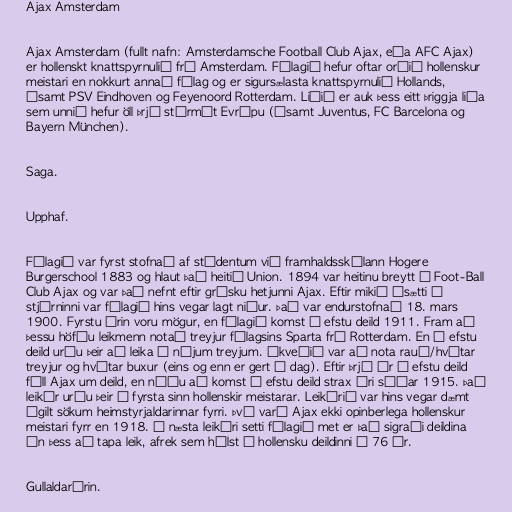
Ajax Amsterdam

Ajax Amsterdam (fullt nafn: Amsterdamsche Football Club Ajax, eða AFC Ajax)
er hollenskt knattspyrnulið frá Amsterdam. Félagið hefur oftar orðið hollenskur
meistari en nokkurt annað félag og er sigursælasta knattspyrnulið Hollands,
ásamt PSV Eindhoven og Feyenoord Rotterdam. Liðið er auk þess eitt þriggja liða
sem unnið hefur öll þrjú stórmót Evrópu (ásamt Juventus, FC Barcelona og
Bayern München).

Saga.

Upphaf.

Félagið var fyrst stofnað af stúdentum við framhaldsskólann Hogere
Burgerschool 1883 og hlaut það heitið Union. 1894 var heitinu breytt í Foot-Ball
Club Ajax og var það nefnt eftir grísku hetjunni Ajax. Eftir mikið ósætti í
stjórninni var félagið hins vegar lagt niður. Það var endurstofnað 18. mars
1900. Fyrstu árin voru mögur, en félagið komst í efstu deild 1911. Fram að
þessu höfðu leikmenn notað treyjur félagsins Sparta frá Rotterdam. En í efstu
deild urðu þeir að leika í nýjum treyjum. Ákveðið var að nota rauð/hvítar
treyjur og hvítar buxur (eins og enn er gert í dag). Eftir þrjú ár í efstu deild
féll Ajax um deild, en náðu að komst í efstu deild strax ári síðar 1915. Það
leikár urðu þeir í fyrsta sinn hollenskir meistarar. Leikárið var hins vegar dæmt
ógilt sökum heimstyrjaldarinnar fyrri. Því varð Ajax ekki opinberlega hollenskur
meistari fyrr en 1918. Á næsta leikári setti félagið met er það sigraði deildina
án þess að tapa leik, afrek sem hélst í hollensku deildinni í 76 ár.

Gullaldarárin.